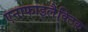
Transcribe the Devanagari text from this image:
एनाफाइलैक्टिक